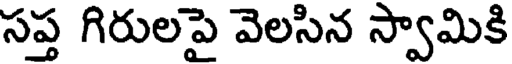
సప్త గిరులపై వెలసిన స్వామికి